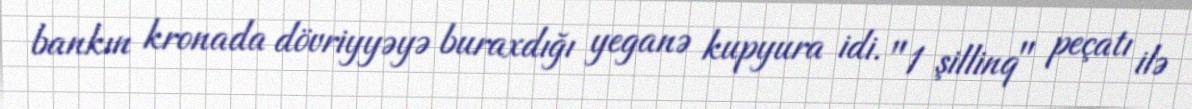
bankın kronada dövriyyəyə buraxdığı yeganə kupyura idi. "1 şillinq" peçatı ilə